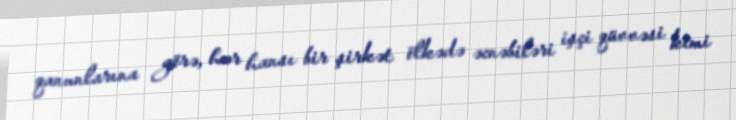
qanunlarına görə, hər hansı bir şirkət ölkədə əcnəbiləri işçi qüvvəsi kimi